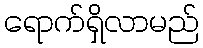
ရောက်ရှိလာမည်